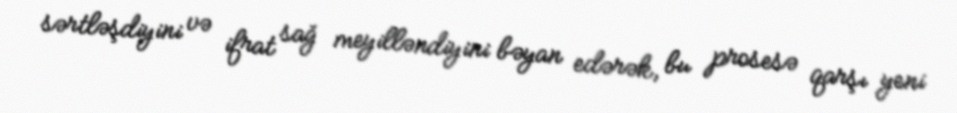
sərtləşdiyini və ifrat sağ meyilləndiyini bəyan edərək, bu prosesə qarşı yeni